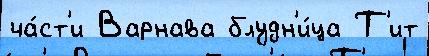
ча́ст'и Варнава блудн'и́ца Т'ит